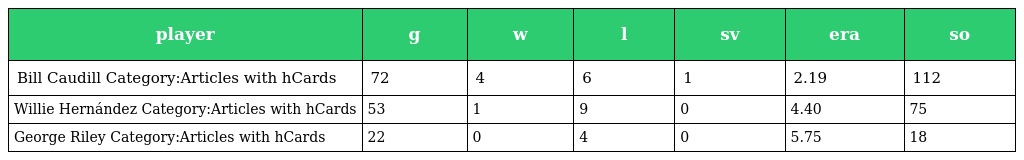
| player | g | w | l | sv | era | so |
 | --- | --- | --- | --- | --- | --- | --- |
 | Bill Caudill Category:Articles with hCards | 72 | 4 | 6 | 1 | 2.19 | 112 |
 | Willie Hernández Category:Articles with hCards | 53 | 1 | 9 | 0 | 4.40 | 75 |
 | George Riley Category:Articles with hCards | 22 | 0 | 4 | 0 | 5.75 | 18 |